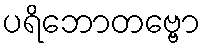
ပရိဘောတဗ္ဗော